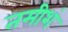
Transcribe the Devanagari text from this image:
तमीशं